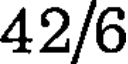
42/6